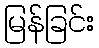
မြန်ခြင်း